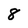
Character: 8